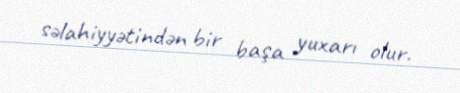
səlahiyyətindən bir başa yuxarı olur.